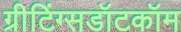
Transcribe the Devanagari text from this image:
ग्रीटिंग्सडॉटकॉम